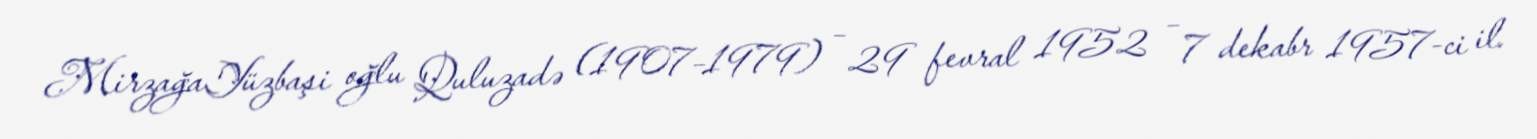
MirzağaYüzbaşi oğlu Quluzadə (1907–1979) – 29 fevral 1952 – 7 dekabr 1957-ci il.